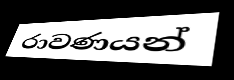
රාවණයන්